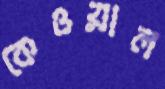
কেওয়াল